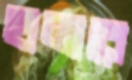
হালারে